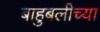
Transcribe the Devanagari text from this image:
बाहुबलीच्या